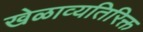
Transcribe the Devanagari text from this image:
खेळाव्यतिरिक्त